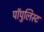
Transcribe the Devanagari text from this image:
पॉपुलिस्ट